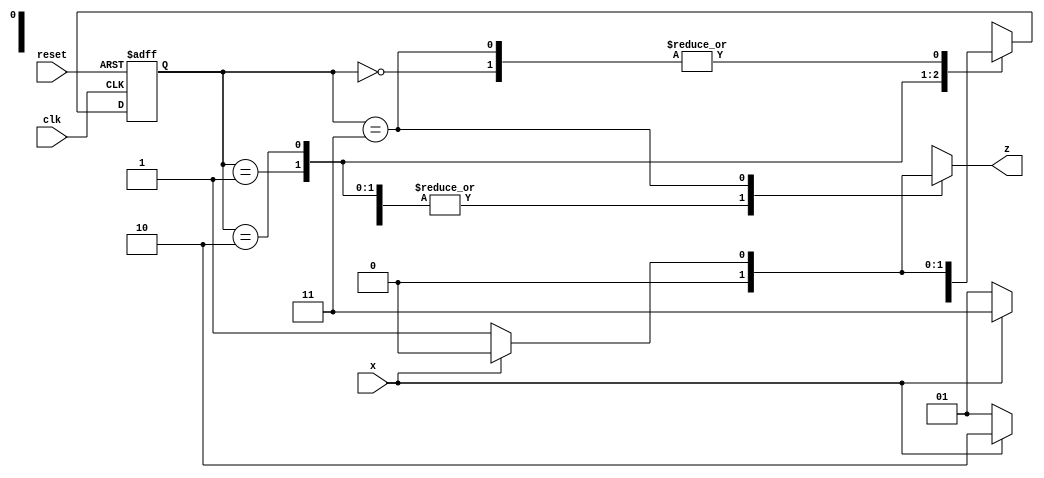
`timescale 1ns / 1ps



module seq_detector(x, clk, reset, z);
input x, clk, reset;
output reg z;

parameter s0=0, s1=1, s2=2, s3=3;
reg [0:1] PS, NS;
always @(posedge clk or posedge reset)
if (reset) PS <= s0;
else       PS <= NS;

always @ (PS, x)
case (PS)
s0: begin
z = x ? 0 : 0;
NS = x ? s0 : s1;
end

s1: begin
z = x ? 0 : 0;
NS = x ? s2 : s1;
end

s2: begin
z = x ? 0 : 0;
NS = x ? s3 : s1;
end

s3: begin
z = x ? 0 : 1;
NS = x ? s0 : s1;
end
endcase


endmodule